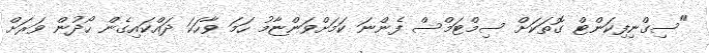
"ސިގްނިފިކަންޓް ގޮތަކަށް ސިމްޓަމްސް ފެންނަ ކަމަށްވަންޏާމު ހަމަ ވާހަކަ ދައްކައިގެން ހޯދުން ވަރަށް